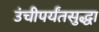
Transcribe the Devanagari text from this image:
उंचीपर्यंतसुद्धा